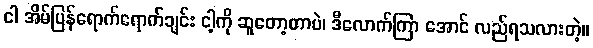
ငါ အိမ်ပြန်ရောက်ရောက်ချင်း ငါ့ကို ဆူတော့တာပဲ၊ ဒီလောက်ကြာ အောင် လည်ရသလားတဲ့။